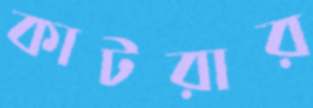
কাটরার